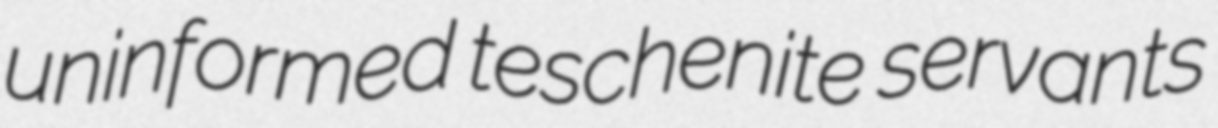
uninformed teschenite servants